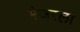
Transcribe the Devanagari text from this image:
मेजरला